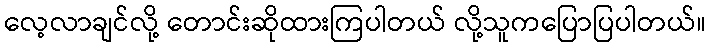
လေ့လာချင်လို့ တောင်းဆိုထားကြပါတယ် လို့သူကပြောပြပါတယ်။